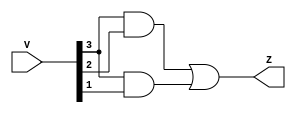
/*
	If V[3:0] > 10, Z = 1; o.w Z = 0
	
	test passed
*/

module comparator(V, Z);

	input [3:0] V;
	output Z;
	
	assign Z = V[3]&V[2] | V[3]&V[1];
	
endmodule


////////////////////////////////////////

module comparator_tb();

	reg [3:0] V = 4'b0;
	wire Z;
	
	comparator DUT (
		.V(V),
		.Z(Z)		
	);
		
	initial begin		
		for (V = 0; V < 16; V = V + 1) begin
			#10
			if (V < 10 && Z != 0) begin
				$display("Error <10");
			end else if (V >= 10 && Z != 1) begin
				$display("Error >10");
			end
		end	
		$finish;
	end
	
endmodule